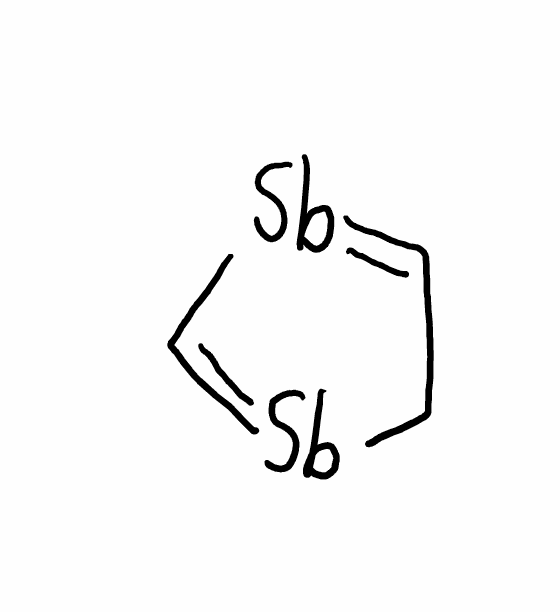
Simplified molecular-input line-entry system (SMILES) notation of the given molecule:
C1C=[Sb]C=[Sb]1